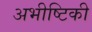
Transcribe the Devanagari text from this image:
अभीष्टिकी